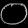
Digit: ၀